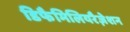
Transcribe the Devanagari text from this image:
डिफैमिलियरैज़ेशन